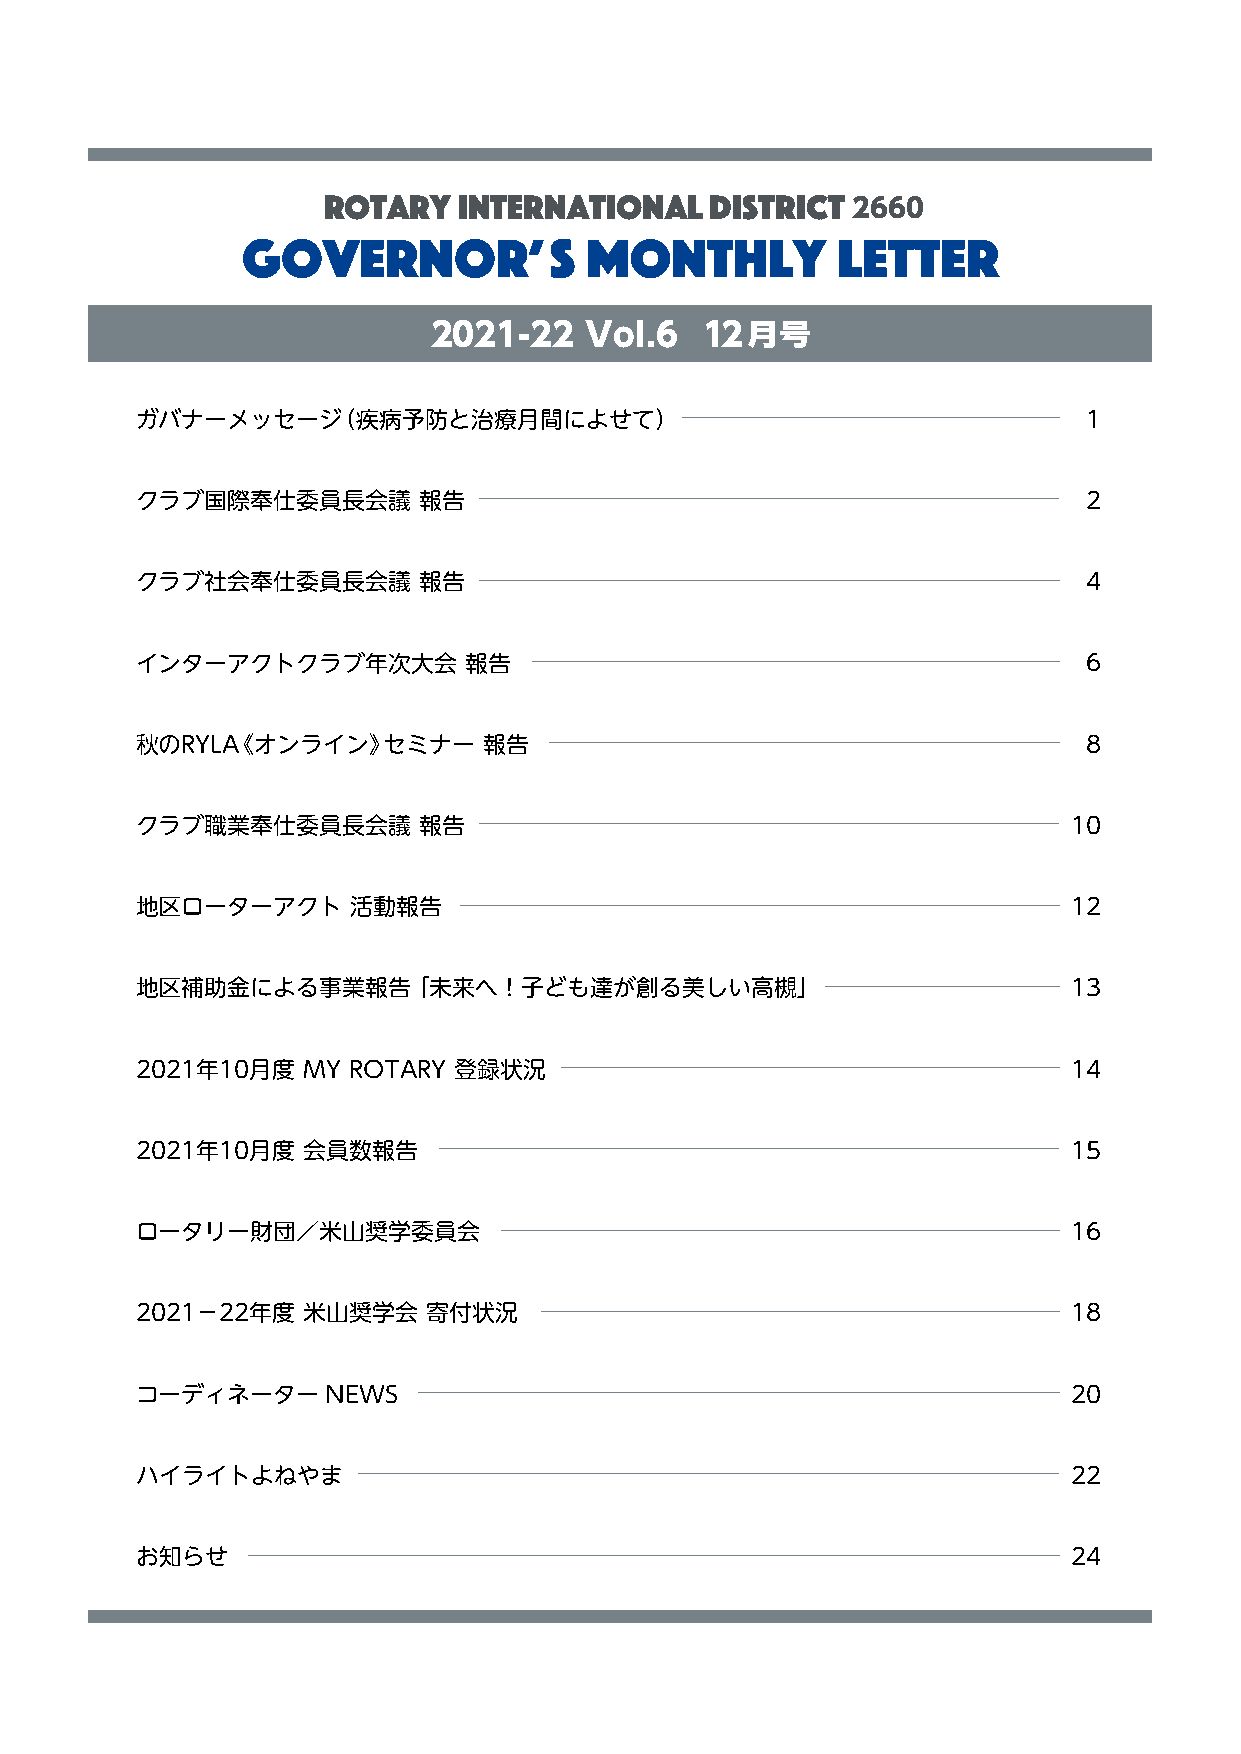
ROTARY   INTERNATIONAL    DISTRICT
 2660
 GOVERNOR’S             MONTHLY         LETTER
 2021-22   VoI.6  12月号
 ガバナーメッセージ（疾病予防と治療月間によせて）                                       1
 クラブ国際奉仕委員長会議       報告                                          2
 クラブ社会奉仕委員長会議       報告                                          4
 インターアクトクラブ年次大会        報告                                       6
 秋のRYLA《オンライン》セミナー      報告                                      8
 クラブ職業奉仕委員長会議       報告                                         10
 地区ローターアクト     活動報告                                            12
 地区補助金による事業報告「      未来へ！子ども達が創る美しい高槻」                          13
 2021年10月度  MY ROTARY 登録状況                                     14
 2021年10月度  会員数報告                                              15
 ロータリー財団／米山奨学委員会                                               16
 2021−22年度  米山奨学会   寄付状況                                       18
 コーディネーターNEWS                                                  20
 ハイライトよねやま                                                     22
 お知らせ                                                          24